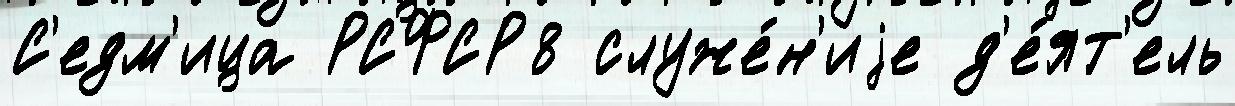
С'едм'ица РСФСР8 служе́н'иjе д'е́ят'ель